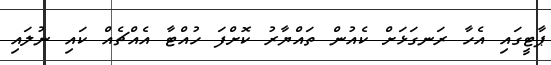
ޕާޓީގައި އެހާ ރަނގަޅަށް ކެއުން ތައްޔާރު ކޮށްފަ ހުއްޓާ އެއްޗެއް ކައި ނުލައި